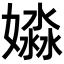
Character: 𡡺